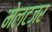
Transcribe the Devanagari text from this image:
मेल्टज़र